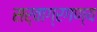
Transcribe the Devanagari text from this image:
सर्वाग्रगण्य